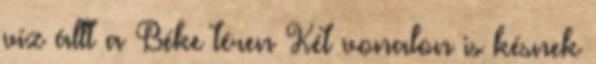
víz állt a Béke téren Két vonalon is késnek